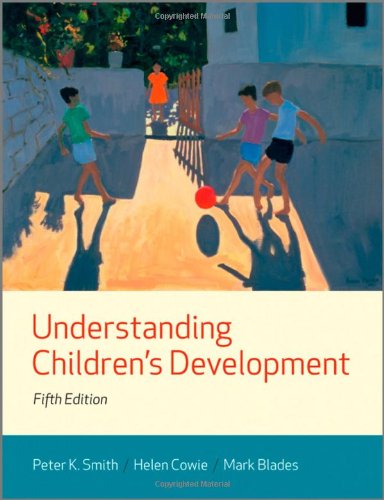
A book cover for Understanding Children's Development; Peter K. Smith; Medical Books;